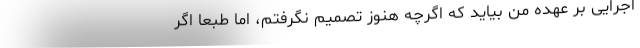
اجرایی بر عهده من بیاید که اگرچه هنوز تصمیم نگرفتم، اما طبعاً اگر